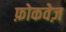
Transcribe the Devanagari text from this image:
फ़ोकवेज़